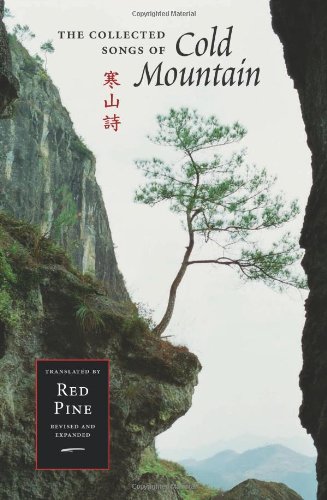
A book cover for The Collected Songs of Cold Mountain (Mandarin Chinese and English Edition); Cold Mountain (Han Shan); Literature & Fiction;